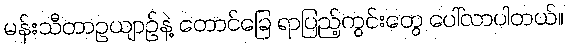
မန်းသီတာဥယျာဉ်နဲ့ တောင်ခြေ ရာပြည့်ကွင်းတွေ ပေါ်လာပါတယ်။